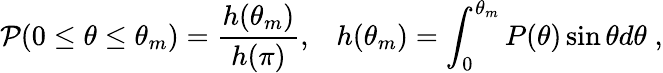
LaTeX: {\cal P}(0\le\theta\le\theta_{m})=\frac{h(\theta_{m})}{h(\pi)},\; \; \; h(\theta_{m})=\int_{0}^{\theta_{m}}P(\theta)\sin{\theta}d\theta\; ,